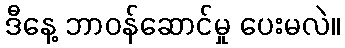
ဒီနေ့ ဘာဝန်ဆောင်မှု ပေးမလဲ။